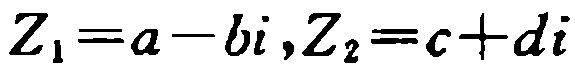
\(Z_{1}=a - bi,Z_{2}=c + di\)